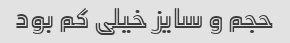
حجم و سایز خیلی کم بود